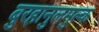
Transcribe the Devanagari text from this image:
बुरहानुलमुल्क